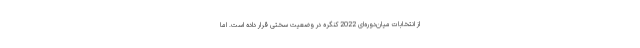
از انتخابات میان‌دوره‌ای 2022 کنگره در وضعیت سختی قرار داده است. اما